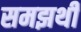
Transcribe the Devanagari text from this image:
समझथी